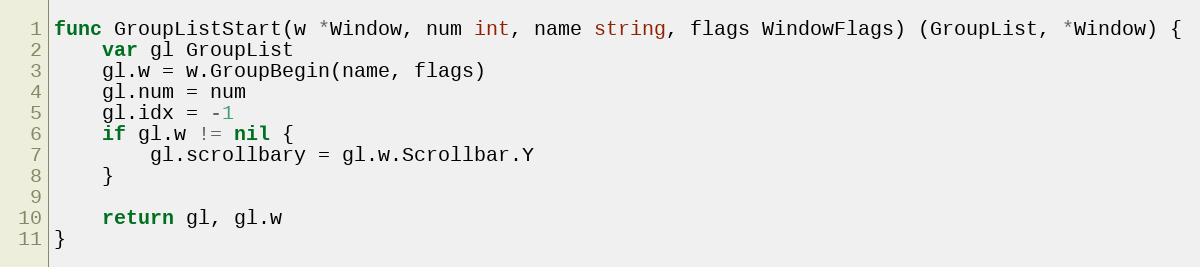
Language: Go
func GroupListStart(w *Window, num int, name string, flags WindowFlags) (GroupList, *Window) {
	var gl GroupList
	gl.w = w.GroupBegin(name, flags)
	gl.num = num
	gl.idx = -1
	if gl.w != nil {
		gl.scrollbary = gl.w.Scrollbar.Y
	}

	return gl, gl.w
}